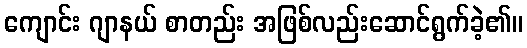
ကျောင်း ဂျာနယ် စာတည်း အဖြစ်လည်းဆောင်ရွက်ခဲ့၏။